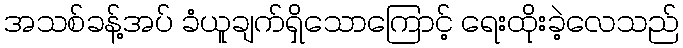
အသစ်ခန့်အပ် ခံယူချက်ရှိသောကြောင့် ရေးထိုးခဲ့လေသည်